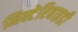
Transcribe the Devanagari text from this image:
निक्टेरिबाइडी